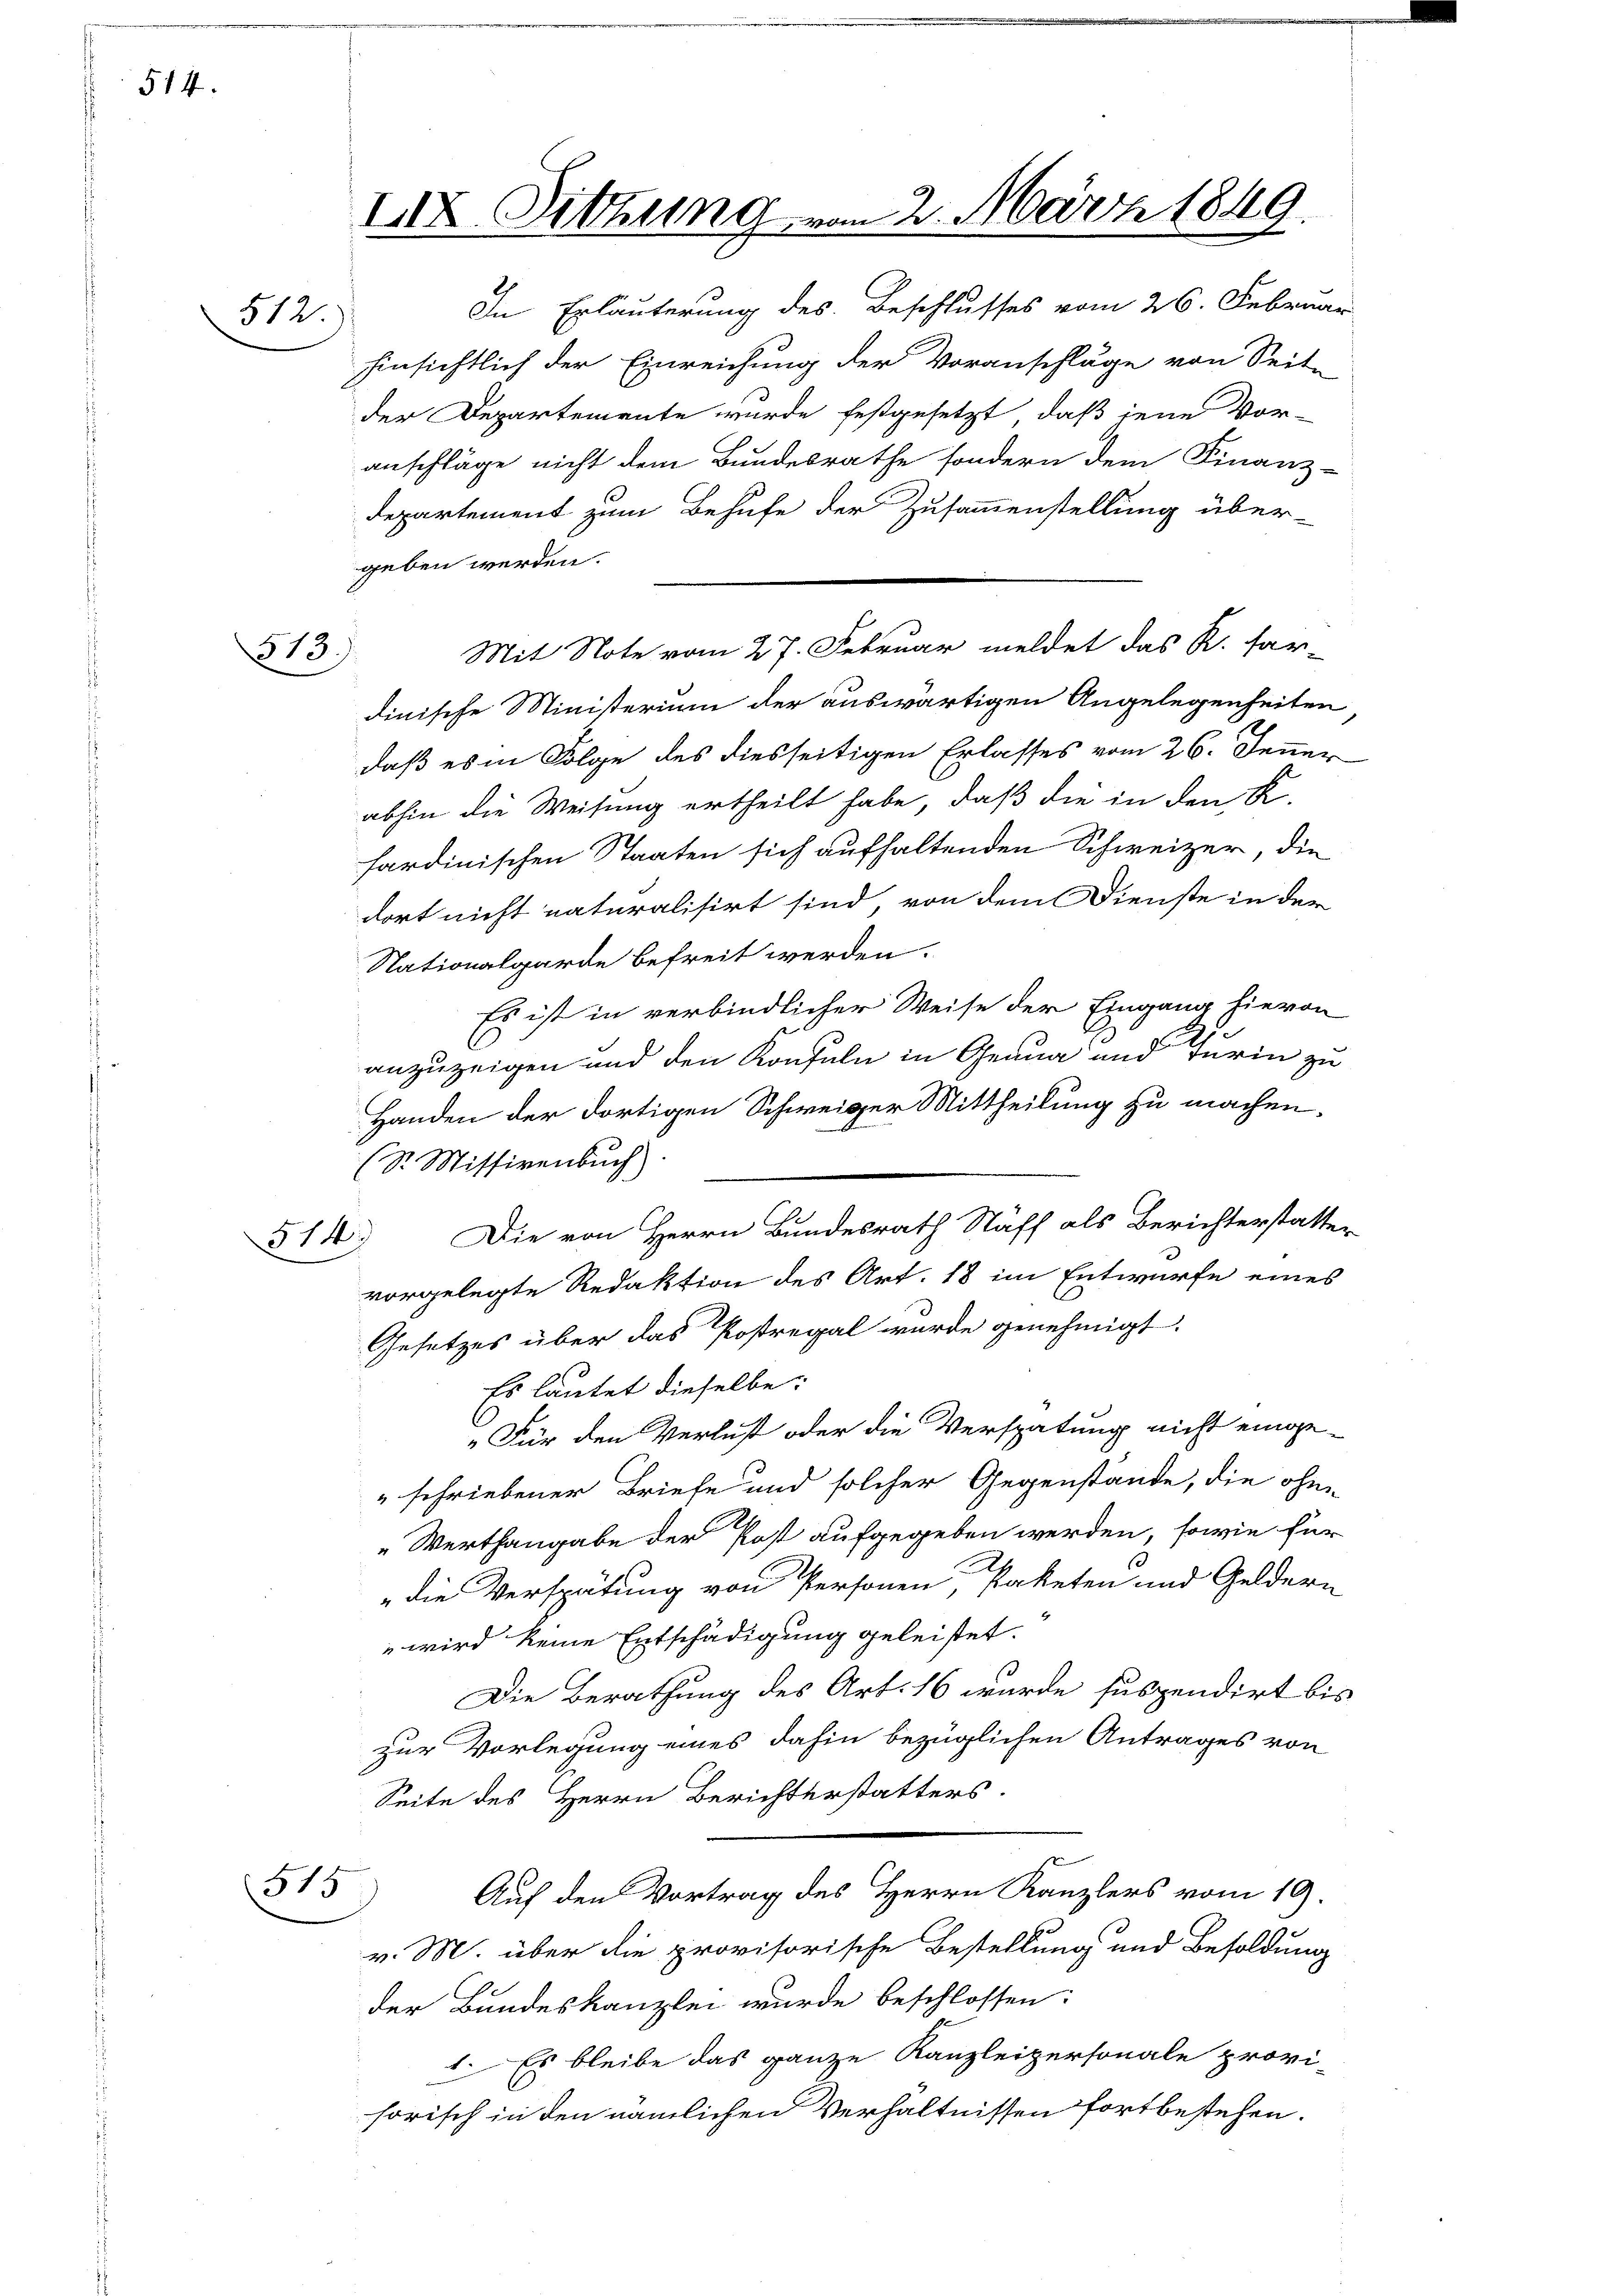
514.

512.)

513)

In Erläuterung des Beschlusses vom 26. Februar
hinsichtlich der Einreichung der Voranschläge von Seit-
der Departemente wurde festgesetzt, daß jene Vor-
anschläge nicht dem Bundesrathe sondern dem Finanz-
Departement zum Behufe der Zusammenstellung über-
geben werden.
dinische Ministerium der auswärtigen Angelegenheiten
daß es in Folge des diesseitigen Erlasses vom 26. Jenner
abhin die Weisung ertheilt habe, daß die in den K.
sardinischen Staaten sich aufhaltenden Schweizer, die
dort nicht naturalisirt sind, von dem Dienste in der
Nationalgarde befreit werden.
Es ist in verbindlicher Weise der Eingang hievon
3
anzuzeigen und den Konsuln in Genua und darin zu
Handen der dortigen Schweiger Mittheilung zu machen.
(Sr. Missivenbuch)
514) Die von Herrn Bundesrath Stäff als Berichterstatte.
vorgelegte Redaktion des Art. 18 im Entwurfe eines
Gesetzes über das Postregal wurde genehmigt.
Es lautet dieselbe:
"Für den Verlust oder die Verspätung nicht einge-
" schriebener Briefe und solcher Gegenstände, die ohne
Werthangabe der Post aufgegeben werden, sowie für
die Verspätung von Personen, Paketen und Geldern
 wird keine Entschädigung geleistet.
Die Berathung des Art. 16 wurde suspendirt bis
zur Vorlegung eines dahin bezüglichen Antrages von
Seite des Herrn Berichterstatters.
515
Auf den Vortrag des Herrn Kanzlers vom 19.
v. M. über die provisorische Bestellung und Besoldung
der Bundeskanzlei wurde beschlossen:
1. Es bleibe das ganze Kanzleipersonale provi-
sorisch in den nämlichen Verhältnissen fortbestehen.

IIX. Sitzung vo

Mit Note vom 27. Februar meldet das R. far-

2. März 1849.